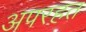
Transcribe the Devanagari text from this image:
अपरहत